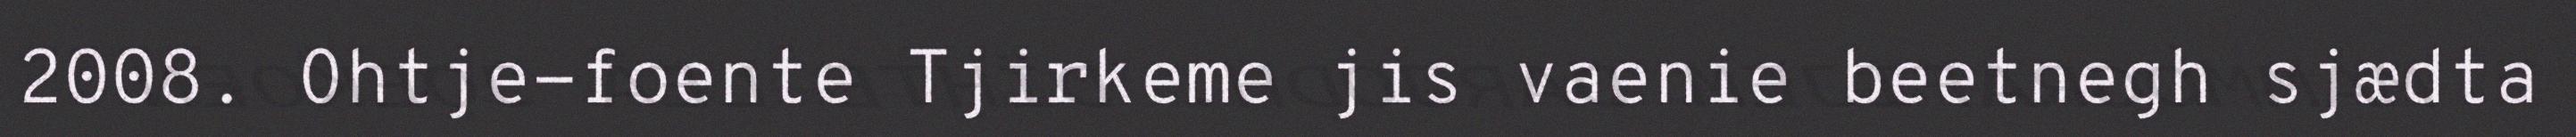
2008. Ohtje-foente Tjirkeme jis vaenie beetnegh sjædta